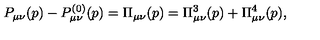
P _ { \mu \nu } ( p ) - P _ { \mu \nu } ^ { ( 0 ) } ( p ) = \Pi _ { \mu \nu } ( p ) = \Pi _ { \mu \nu } ^ { 3 } ( p ) + \Pi _ { \mu \nu } ^ { 4 } ( p ) ,